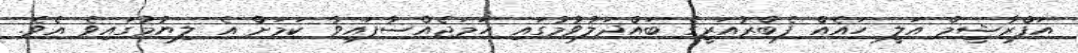
އަފްރާޝީމް އަލީ ހައެއް ފެބްރުއަރީގެ ބައްދަލުވުމުގައި ހަމަޖެއްސާފައިވާ ކަމަށް އެ ލިޔުމުގައިވެ އެވެ.